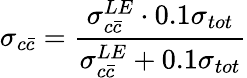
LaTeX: \sigma_{c\bar{c}}={\frac{\sigma_{c\bar{c}}^{LE}\cdot 0.1\sigma_{tot}}{\sigma_{c\bar{c}}^{LE}+0.1\sigma_{tot}}}